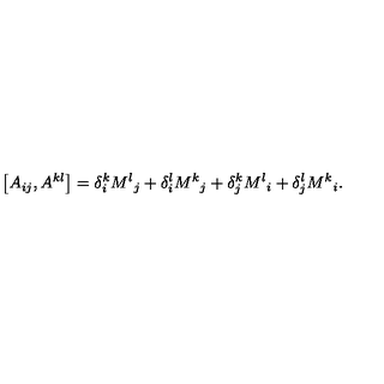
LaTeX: \left[ A _ { i j } , A ^ { k l } \right] = \delta _ { i } ^ { k } { M ^ { l } } _ { j } + \delta _ { i } ^ { l } { M ^ { k } } _ { j } + \delta _ { j } ^ { k } { M ^ { l } } _ { i } + \delta _ { j } ^ { l } { M ^ { k } } _ { i } .